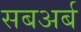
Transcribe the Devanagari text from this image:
सबअर्ब